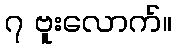
၇ ဗူးလောက်။